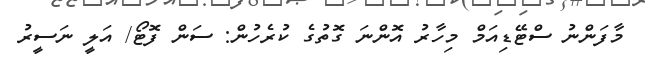
މާފަންނު ސްޓޭޑިއަމް މިހާރު އޮންނަ ގޮތުގެ ކުރެހުން: ސަން ފޮޓޯ/ އަލީ ނަސީރު